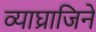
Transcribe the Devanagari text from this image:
व्याघ्राजिने